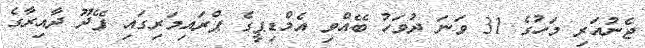
ޖެނުއަރި މަހުގެ 31 ވަނަ ދުވަހު ބޭއްވި އެމްޑިޕީގެ ޕްރައިމަރިގައި ފޭދޫ ދާއިރާގެ